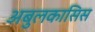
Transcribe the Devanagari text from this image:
अबुलकासिस